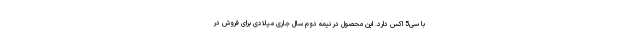
با سی5 اکس دارد. این محصول در نیمه دوم سال جاری میلادی برای فروش در